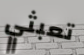
تعبثي